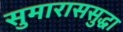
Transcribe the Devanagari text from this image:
सुमाराससुद्धा